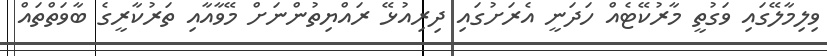
ވިލިމާލޭގައި ވަގުތީ މާރުކޭޓެއް ހަދަނީ އެރަށުގައި ދިރިއުޅޭ ރައްޔިތުންނަށް މޭވާއާއި ތަރުކާރީގެ ބާވަތްތައް